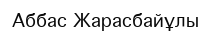
Аббас Жарасбайұлы